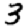
Digit: 3